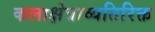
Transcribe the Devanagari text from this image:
कलाक्षेत्राव्यतिरिक्त